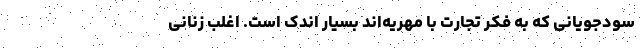
سودجویانی که به فکر تجارت با مهریه‌اند بسیار اندک است. اغلب زنانی